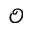
\mathcal { O }